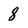
Character: 8